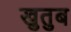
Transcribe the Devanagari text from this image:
खुतुब